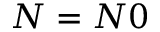
N = N 0